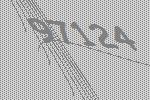
97124